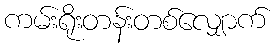
ကမ်းရိုးတန်းတစ်လျှောက်